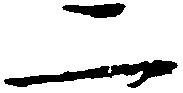
二